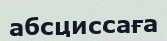
абсциссаға